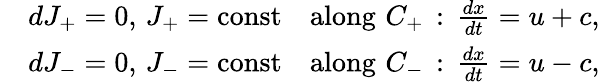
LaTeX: {\begin{array}{rl}&{dJ_{+}=0,\, J_{+}={\mathrm{const}}\quad{\mathrm{along}}\, \, C_{+}\, :\, {\frac{dx}{dt}}=u+c,}\\ &{dJ_{-}=0,\, J_{-}={\mathrm{const}}\quad{\mathrm{along}}\, \, C_{-}\, :\, {\frac{dx}{dt}}=u-c,}\end{array}}